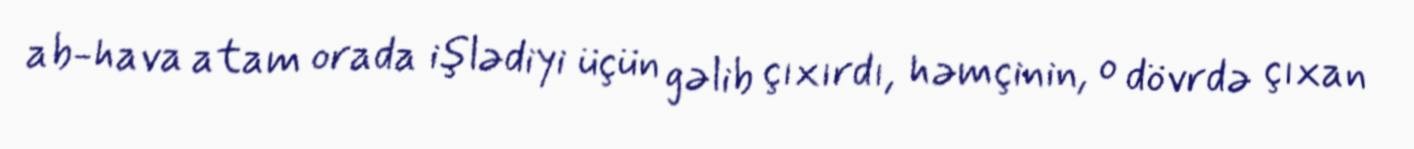
ab-hava atam orada işlədiyi üçün gəlib çıxırdı, həmçinin, o dövrdə çıxan